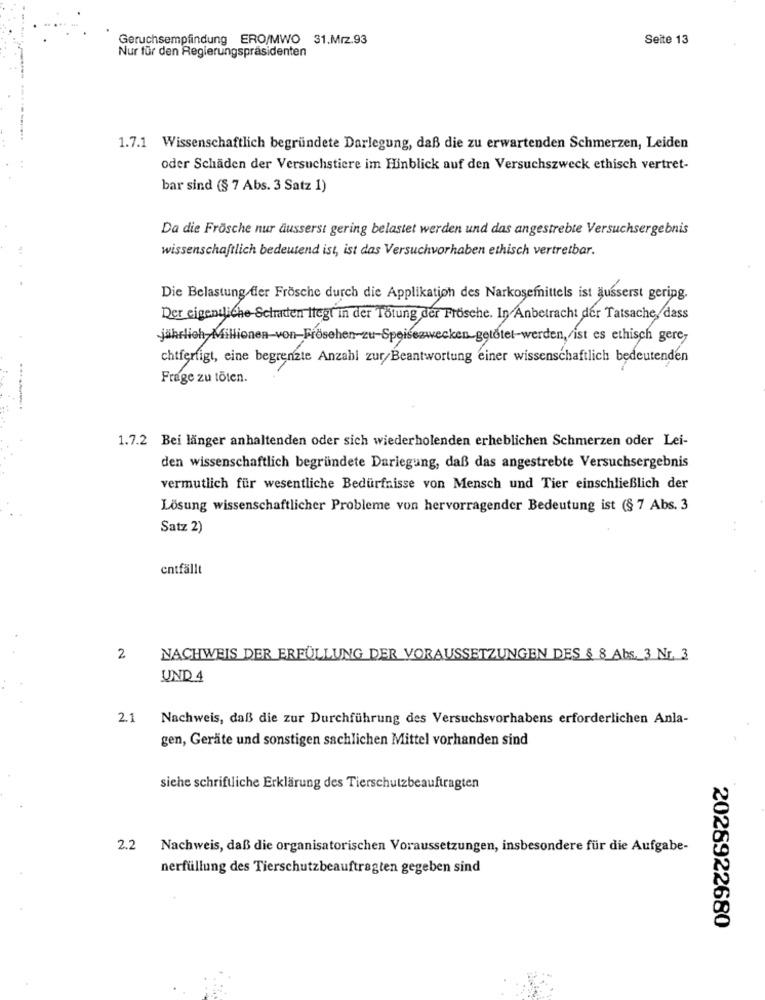
Geruchsempfindung ERO/MWO 31.Mrz.93
Seite 13
Nur für den Regierungspräsidenten
1.7.1 Wissenschaftlich begründete Darlegung, daß die zu erwartenden Schmerzen, Leiden
oder Schäden der Versuchstiere im Hinblick auf den Versuchszweck ethisch vertret-
bar sind (§ 7 Abs. 3 Satz 1)
Da die Frösche nur äusserst gering belastet werden und das angestrebte Versuchsergebnis
wissenschaftlich bedeutend ist, ist das Versuchvorhaben ethisch vertretbar.
Die Belastung fler Frösche durch die Applikation des Narkosefnittels ist äusserst gering.
Der eigentliche-Schraden itegt in der Tötung der Frösche. In Anbetracht der Tatsache, dass
jährlich Millionen-von-Frösehen-zu-Speisezwecken-getötet-werden, ist es ethisch gere-
chtferfigt, eine begrenzte Anzahl zur/Beantwortung einer wissenschaftlich bedeutenden
Frage zu töten.
1.7.2 Bei länger anhaltenden oder sich wiederholenden erheblichen Schmerzen oder Lei-
den wissenschaftlich begründete Darlegung, daß das angestrebte Versuchsergebnis
vermutlich für wesentliche Bedürfnisse von Mensch und Tier einschließlich der
Lösung wissenschaftlicher Probleme von hervorragender Bedeutung ist (§ 7 Abs. 3
Satz 2)
entfällt
2
NACHWEIS DER ERFÜLLUNG DER VORAUSSETZUNGEN DES § 8 Abs. 3 Nr. 3
UND 4
2.1
Nachweis, daß die zur Durchführung des Versuchsvorhabens erforderlichen Anla-
gen, Geräte und sonstigen sachlichen Mittel vorhanden sind
siehe schriftliche Erklärung des Tierschutzbeauftragten
2.2 Nachweis, daß die organisatorischen Voraussetzungen, insbesondere für die Aufgabe-
nerfüllung des Tierschutzbeauftragten gegeben sind
2026922680